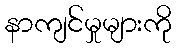
နာကျင်မှုများကို